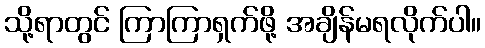
သို့ရာတွင် ကြာကြာရှက်ဖို့ အချိန်မရလိုက်ပါ။